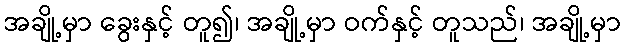
အချို့မှာ ခွေးနှင့် တူ၍၊ အချို့မှာ ဝက်နှင့် တူသည်၊ အချို့မှာ